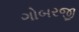
ગોબરજી